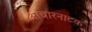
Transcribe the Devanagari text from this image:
आचारनाटक